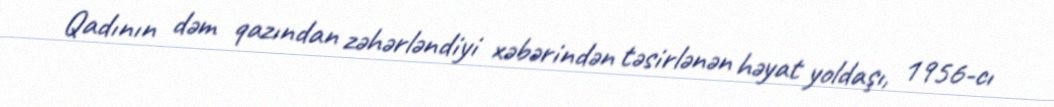
Qadının dəm qazından zəhərləndiyi xəbərindən təsirlənən həyat yoldaşı, 1956-cı